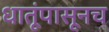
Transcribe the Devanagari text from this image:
धातूंपासूनच